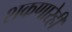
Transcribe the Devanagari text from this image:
शकणारेही